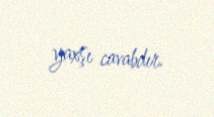
yaxşı cavabdır.